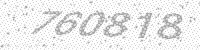
Solution: 760818